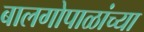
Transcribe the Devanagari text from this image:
बालगोपाळांच्या